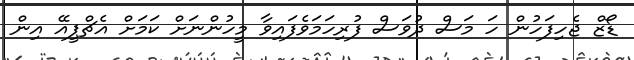
ޑޯޒް ޖެހިފަހުން ހަ މަސް ދުވަސް ފުރިހަމަވެފައިވާ މީހުންނަށް ކަމަަށް އެޗްޕީއޭ އިން